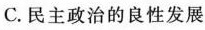
C.民主政治的良性发展